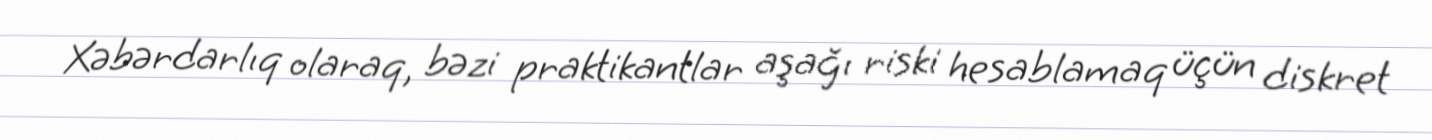
Xəbərdarlıq olaraq, bəzi praktikantlar aşağı riski hesablamaq üçün diskret